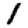
Digit: 1